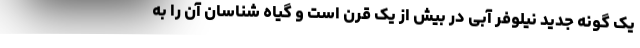
یک گونه جدید نیلوفر آبی در بیش از یک قرن است و گیاه شناسان آن را به